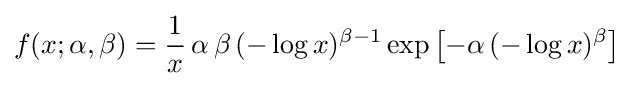
f(x;\alpha ,\beta )={\frac {1}{x}}\,\alpha \,\beta \,(-\log x)^{\beta -1}\exp \left[-\alpha \,(-\log x)^{\beta }\right]